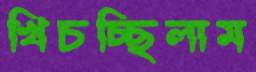
খিচচ্ছিলাম